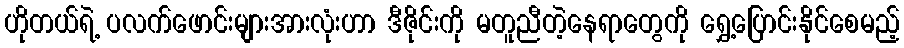
ဟိုတယ်ရဲ့ ပလက်ဖောင်းများအားလုံးဟာ ဒီဇိုင်းကို မတူညီတဲ့နေရာတွေကို ရွှေ့ပြောင်းနိုင်စေမည့်